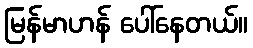
မြန်မာဟန် ပေါ်နေတယ်။